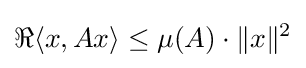
\Re \langle x,Ax\rangle \leq \mu (A)\cdot \|x\|^{2}